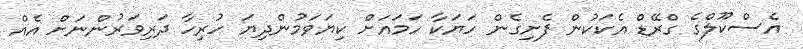
އެސްކޫލްގެ ގްރޭޑް އެކަކުން ފެށިގެން ހަޔަކާ ހަމައަށް ކިޔަވަމުންދިޔަ ހުރިހާ ދަރިވަރުންނަށް އެއް